Indian journal of veterinary science and animal husbandry - Volume 4,
Year: 1934
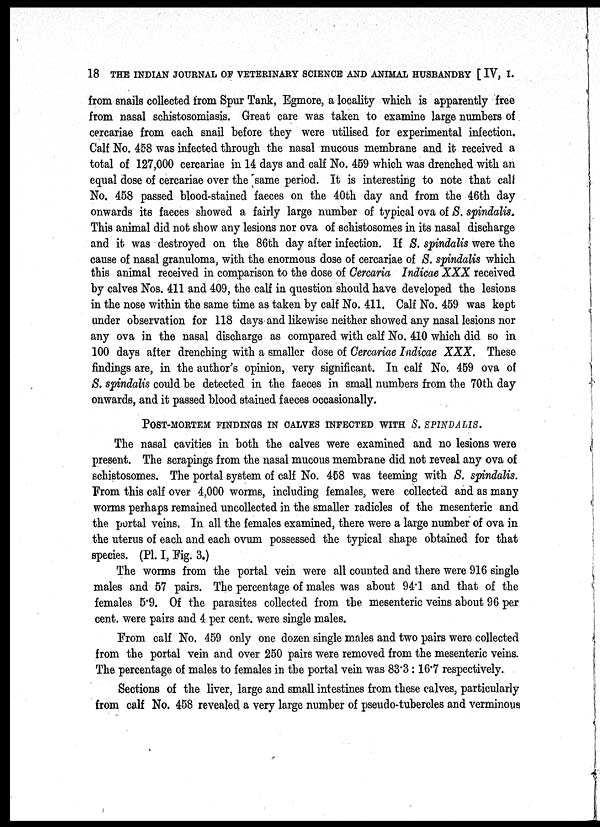
18 THE INDIAN JOURNAL OF VETERINARY SCIENCE AND ANIMAL HUSBANDRY [ IV, I.
from snails collected from Spur Tank, Egmore, a locality which is apparently free
from nasal schistosomiasis. Great care was taken to examine large numbers of
cercariae from each snail before they were utilised for experimental infection.
Calf No. 458 was infected through the nasal mucous membrane and it received a
total of 127,000 cercariae in 14 days and calf No. 459 which was drenched with an
equal dose of cercariae over the same period. It is interesting to note that call
No. 458 passed blood-stained faeces on the 40th day and from the 46th day
onwards its faeces showed a fairly large number of typical ova of S. spindalis.
This animal did not show any lesions nor ova of schistosomes in its nasal discharge
and it was destroyed on the 86th day after infection. If S. spindalis were the
cause of nasal granuloma, with the enormous dose of cercariae of S. spindalis which
this animal received in comparison to the dose of Cercaria Indicae XXX received
by calves Nos. 411 and 409, the calf in question should have developed the lesions
in the nose within the same time as taken by calf No. 411. Calf No. 459 was kept
under observation for 118 days and likewise neither showed any nasal lesions nor
any ova in the nasal discharge as compared with calf No. 410 which did so in
100 days after drenching with a smaller dose of Cercariae Indicae XXX. These
findings are, in the author's opinion, very significant. In calf No. 459 ova of
S. spindalis could be detected in the faeces in small numbers from the 70th day
onwards, and it passed blood stained faeces occasionally.
POST-MORTEM FINDINGS IN CALVES INFECTED WITH S. SPINDALIS.
The nasal cavities in both the calves were examined and no lesions were
present. The scrapings from the nasal mucous membrane did not reveal any ova of
schistosomes. The portal system of calf No. 458 was teeming with S. spindalis.
From this calf over 4,000 worms, including females, were collected and as many
worms perhaps remained uncollected in the smaller radicles of the mesenteric and
the portal veins. In all the females examined, there were a large number of ova in
the uterus of each and each ovum possessed the typical shape obtained for that
species. (PI. I, Fig. 3.)
The worms from the portal vein were all counted and there were 916 single
males and 57 pairs. The percentage of males was about 94.1 and that of the
females 5.9. Of the parasites collected from the mesenteric veins about 96 per
cent. were pairs and 4 per cent. were single males.
From calf No. 459 only one dozen single males and two pairs were collected
from the portal vein and over 250 pairs were removed from the mesenteric veins.
The percentage of males to females in the portal vein was 83.3:16.7 respectively.
Sections of the liver, large and small intestines from these calves, particularly
from calf No. 458 revealed a very large number of pseudo-tubercles and verminous